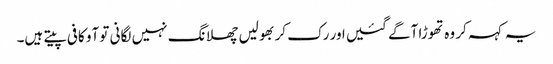
یہ کہہ کر وہ تھوڑا آگے گئیں اور رک کر بھولیں چھلانگ نہیں لگانی تو آو کافی پیتے ہیں۔